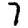
Digit: 7